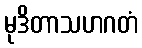
မုဒိတာသဟဂတံ